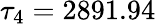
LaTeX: \tau_{4}=2891.94